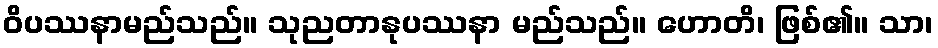
ဝိပဿနာမည်သည်။ သုညတာနုပဿနာ မည်သည်။ ဟောတိ၊ ဖြစ်၏။ သာ၊